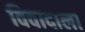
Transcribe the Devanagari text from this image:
विवादाला